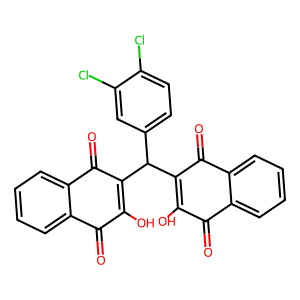
SMILES: O=C1C(O)=C(C(C2=C(O)C(=O)c3ccccc3C2=O)c2ccc(Cl)c(Cl)c2)C(=O)c2ccccc21
Inhibits HIV replication: No